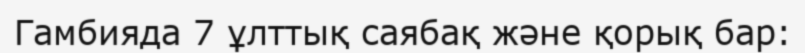
Гамбияда 7 ұлттық саябақ және қорық бар: